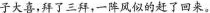
大喜，拜了三拜，一阵风似的赶了回来。